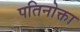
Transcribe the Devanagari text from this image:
पतिनोक्ता